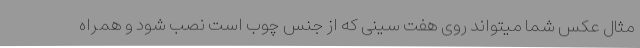
مثال عکس شما میتواند روی هفت سینی که از جنس چوب است نصب شود و همراه